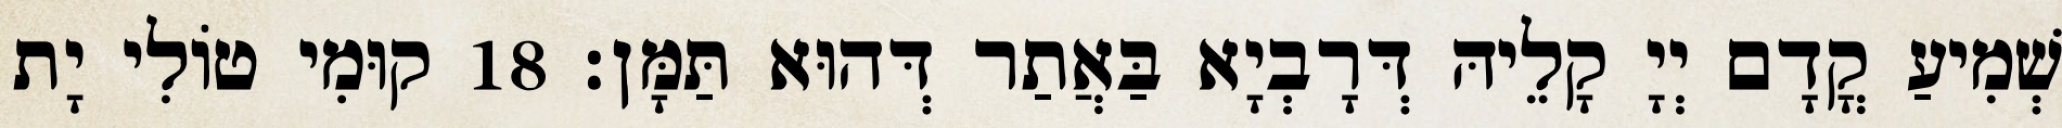
שְׁמִיעַ קֳדָם יְיָ קָלֵיהּ דְּרָבְיָא בַּאֲתַר דְּהוּא תַּמָּן׃ 18 קוּמִי טוֹלִי יָת